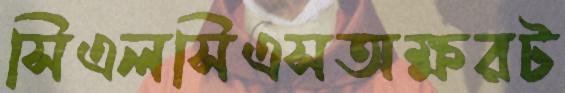
সিএলসিএসঅক্ষরট